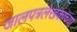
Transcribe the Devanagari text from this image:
जालपत्रलेखकांच्या